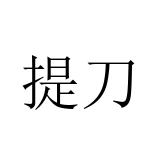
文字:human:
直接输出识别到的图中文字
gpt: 提刀